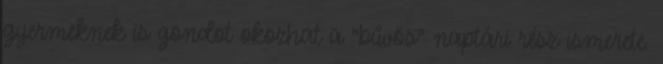
gyermeknek is gondot okozhat a "bűvös" naptári rész ismerete.